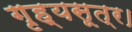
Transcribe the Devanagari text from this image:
गृह्यसूत्र।